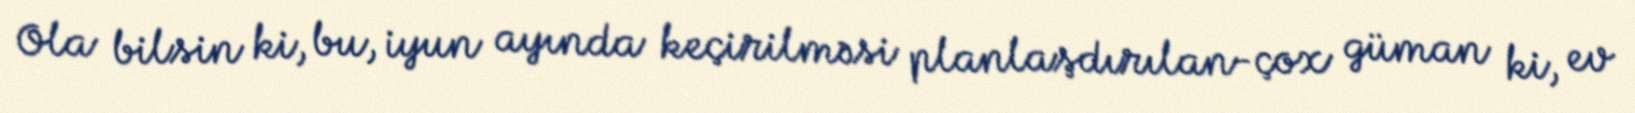
Ola bilsin ki, bu, iyun ayında keçirilməsi planlaşdırılan-çox güman ki, ev